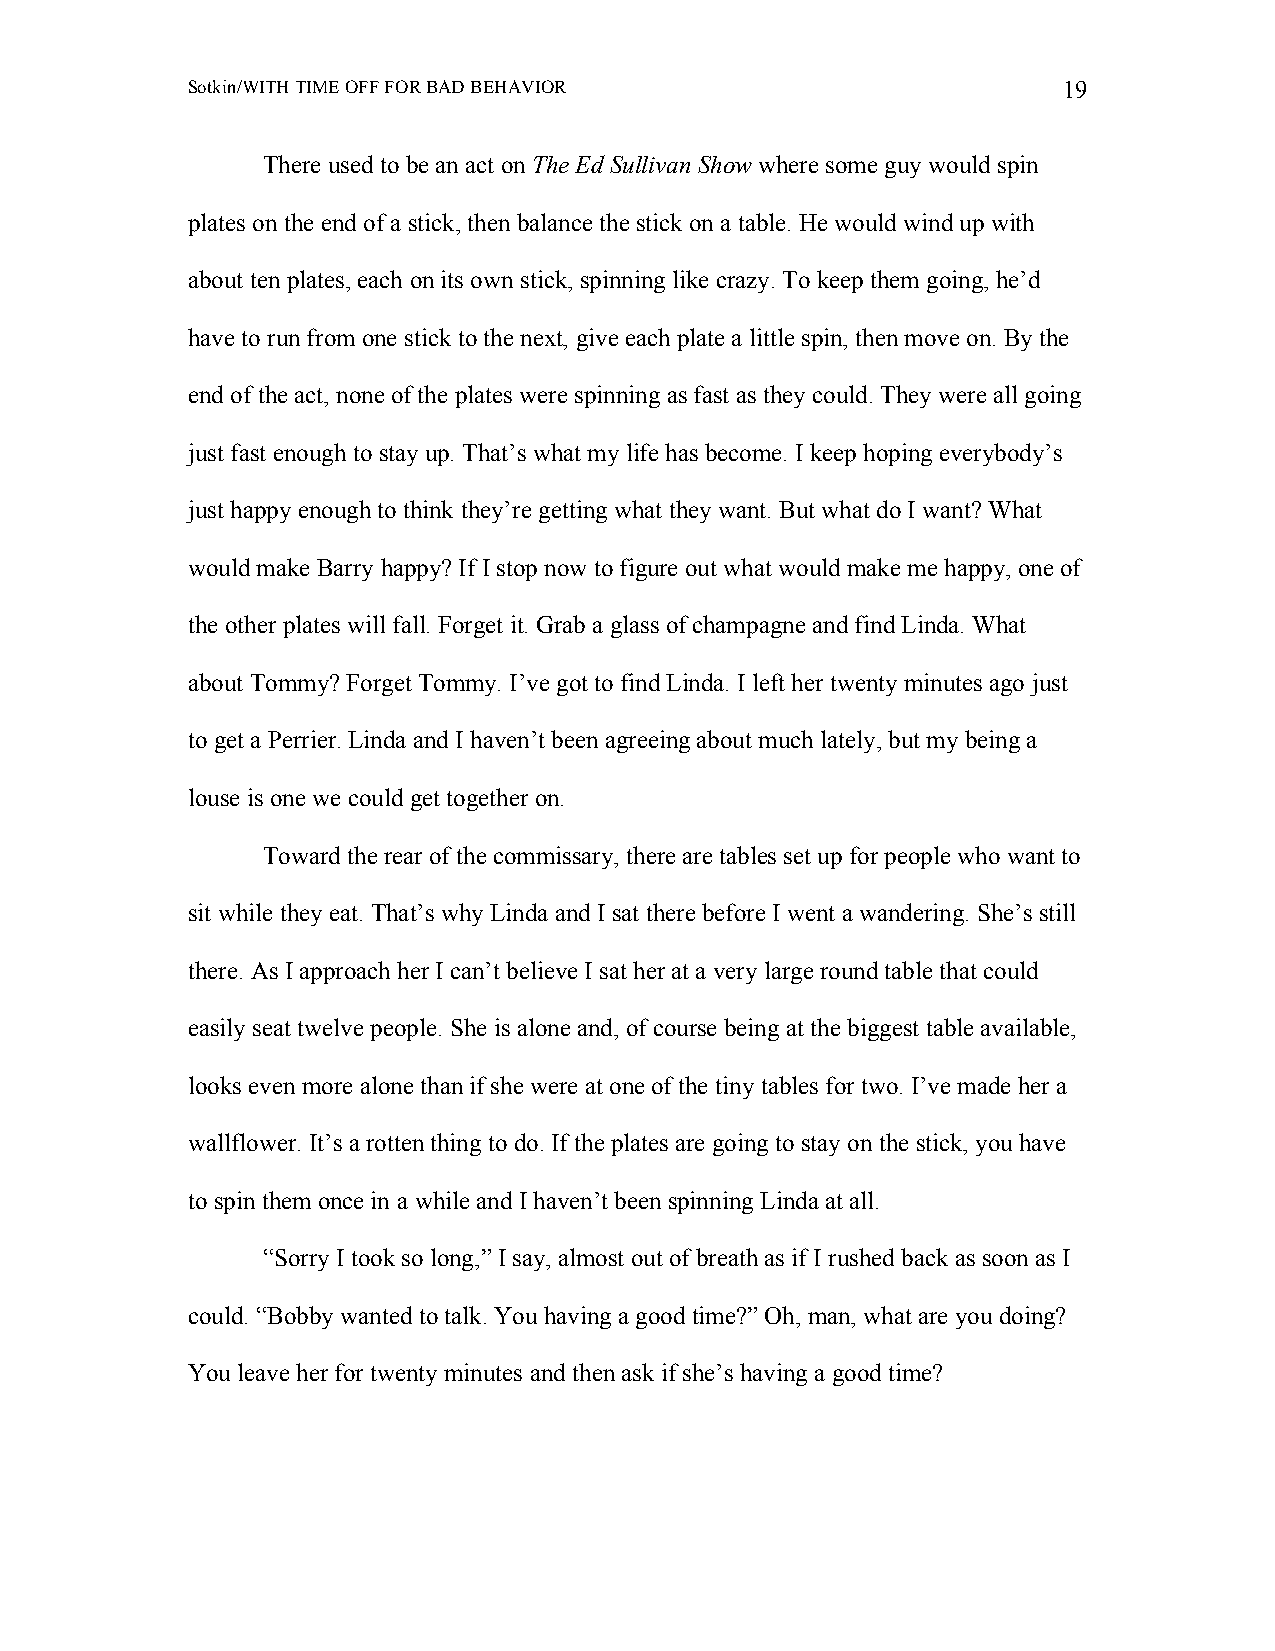
Sotkin/WITH TIME OFF FOR BAD BEHAVIOR                     19
 There used to be an act on The Ed Sullivan Show where some guy would spin
 plates on the end of a stick, then balance the stick on a table. He would wind up with
 about ten plates, each on its own stick, spinning like crazy. To keep them going, he’d
 have to run from one stick to the next, give each plate a little spin, then move on. By the
 end of the act, none of the plates were spinning as fast as they could. They were all going
 just fast enough to stay up. That’s what my life has become. I keep hoping everybody’s
 just happy enough to think they’re getting what they want. But what do I want? What
 would make Barry happy? If I stop now to figure out what would make me happy, one of
 the other plates will fall. Forget it. Grab a glass of champagne and find Linda. What
 about Tommy? Forget Tommy. I’ve got to find Linda. I left her twenty minutes ago just
 to get a Perrier. Linda and I haven’t been agreeing about much lately, but my being a
 louse is one we could get together on.
 Toward the rear of the commissary, there are tables set up for people who want to
 sit while they eat. That’s why Linda and I sat there before I went a wandering. She’s still
 there. As I approach her I can’t believe I sat her at a very large round table that could
 easily seat twelve people. She is alone and, of course being at the biggest table available,
 looks even more alone than if she were at one of the tiny tables for two. I’ve made her a
 wallflower. It’s a rotten thing to do. If the plates are going to stay on the stick, you have
 to spin them once in a while and I haven’t been spinning Linda at all.
 “Sorry I took so long,” I say, almost out of breath as if I rushed back as soon as I
 could. “Bobby wanted to talk. You having a good time?” Oh, man, what are you doing?
 You leave her for twenty minutes and then ask if she’s having a good time?